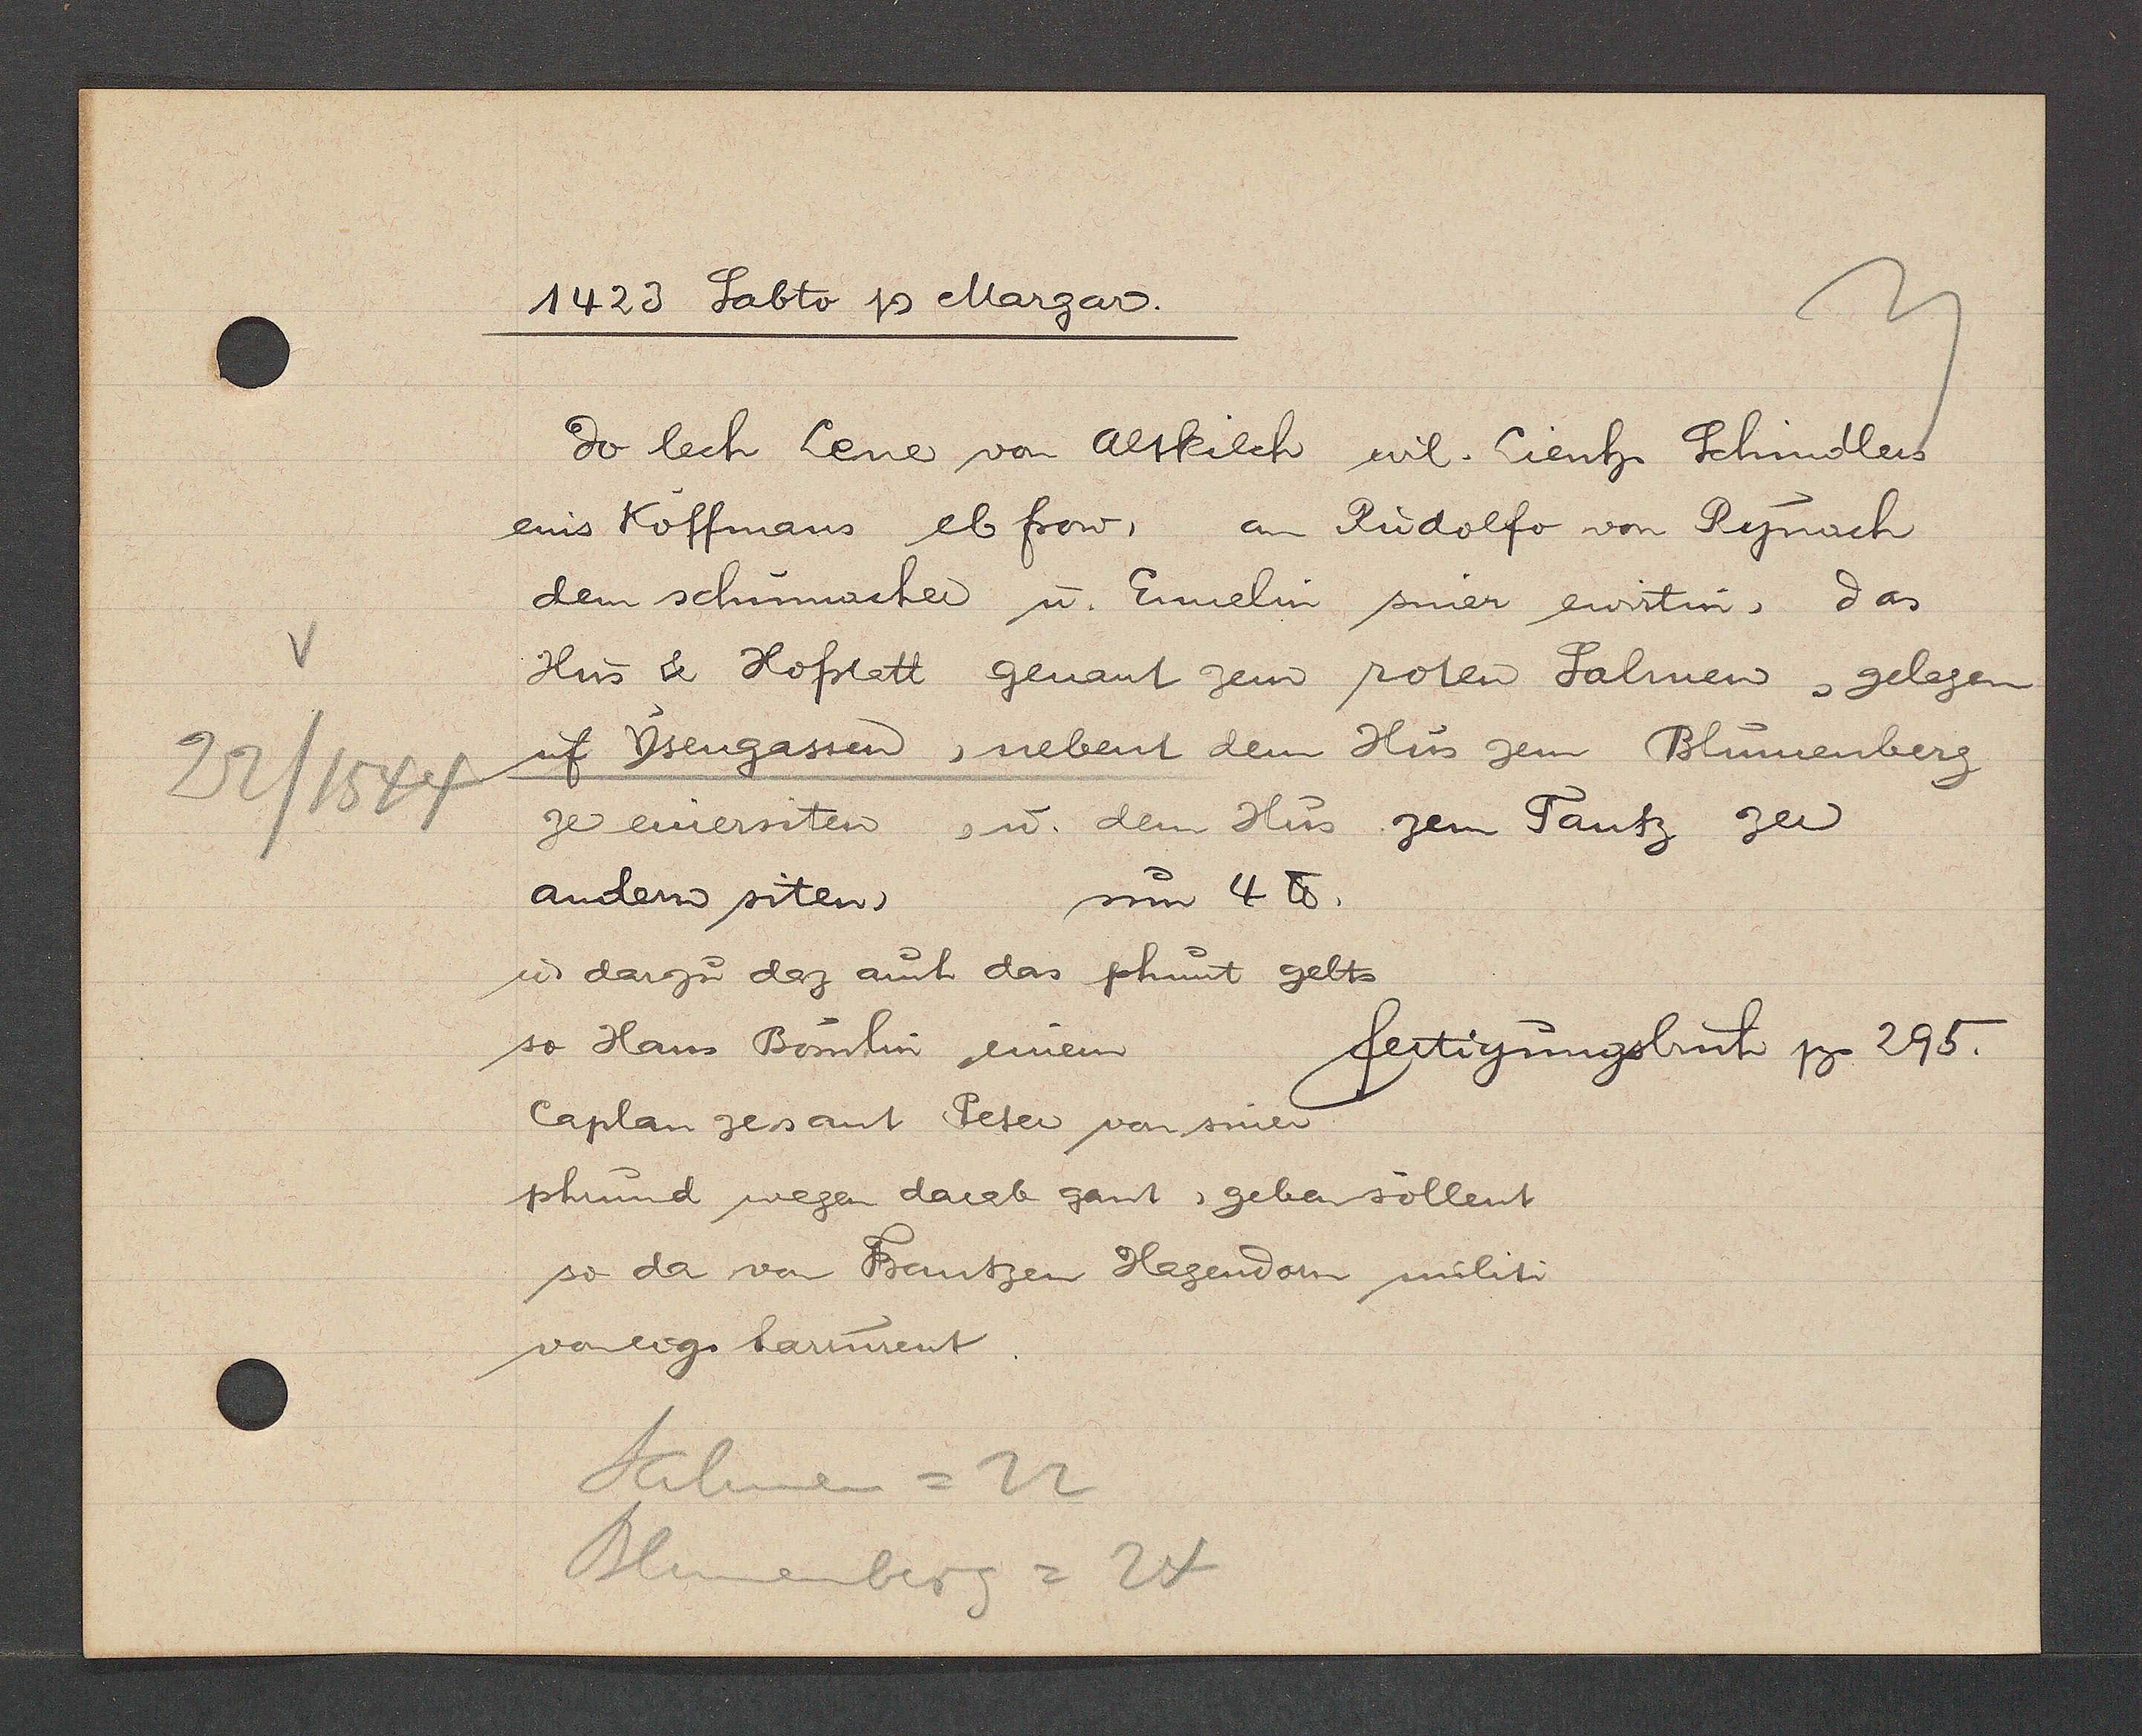
Transcript:
22/1544

1423 Sabto Ƿ Margar.
Do lech Lene von Altkilch wil. Lienh. Schindlers
eins Koffmans ebfrow. an Rudolfo von Rynach
dem schumacher u. Ennelin siner ewirtin, das
Hus & Hofstatt genant zem roten Salmen , gelegen
uf Ysengassen, nebent dem Hus zem Blumenberg
ze einersiten, ư dem Hus zem Tantz zer
andern siten, um 4℔.
ư darzu dez auch das phunt gelts
so Hans Bömlin einem
fertigungsbuch pg. 295.
Caplan zesant Peter von siner
phrund wegen darab gant, geben söllent.
so da von Frantzen Hagendorn militi
voneig. harrurent
Salmen = 22
Blumenberg = 24